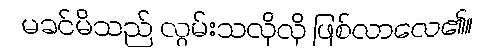
မခင်မိသည် လွမ်းသလိုလို ဖြစ်လာလေ၏။